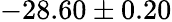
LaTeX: -28.60\pm 0.20